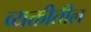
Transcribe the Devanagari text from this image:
व्यक्तीतील